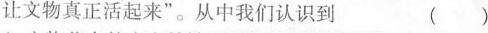
让文物真正活起来”。从中我们认识到 ( )